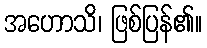
အဟောသိ၊ ဖြစ်ပြန်၏။